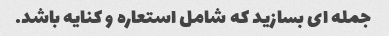
جمله ای بسازید که شامل استعاره و کنایه باشد.